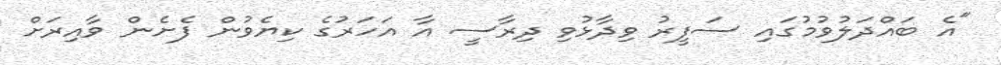
"އެ ބައްދަލުވުމުގައި ސަފީރު ވިދާޅުވި ދިރާސީ އާ އަހަރުގެ ކިޔެވުން ފެށެން ވާއިރަށް